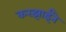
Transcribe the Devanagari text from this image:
करझाईंने